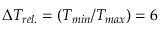
\Delta T _ { r e l . } = \left( T _ { m i n } / T _ { m a x } \right) = 6 \